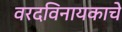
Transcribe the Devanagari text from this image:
वरदविनायकाचे